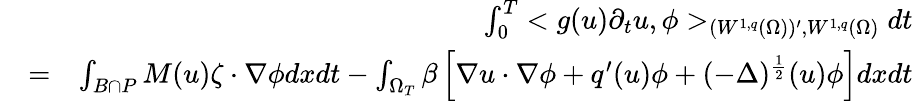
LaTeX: \begin{array}{rlr}&{}&{\int_{0}^{T}<g(u)\partial_{t}u,\phi>_{(W^{1,q}(\Omega))^{\prime},W^{1,q}(\Omega)}dt}\\ &{=}&{\int_{B\cap P}M(u)\zeta\cdot\nabla\phi dxdt-\int_{\Omega_{T}}\beta\left[\nabla u\cdot\nabla\phi+q^{\prime}(u)\phi+(-\Delta)^{\frac{1}{2}}(u)\phi\right]dxdt}\end{array}